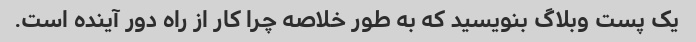
یک پست وبلاگ بنویسید که به طور خلاصه چرا کار از راه دور آینده است.